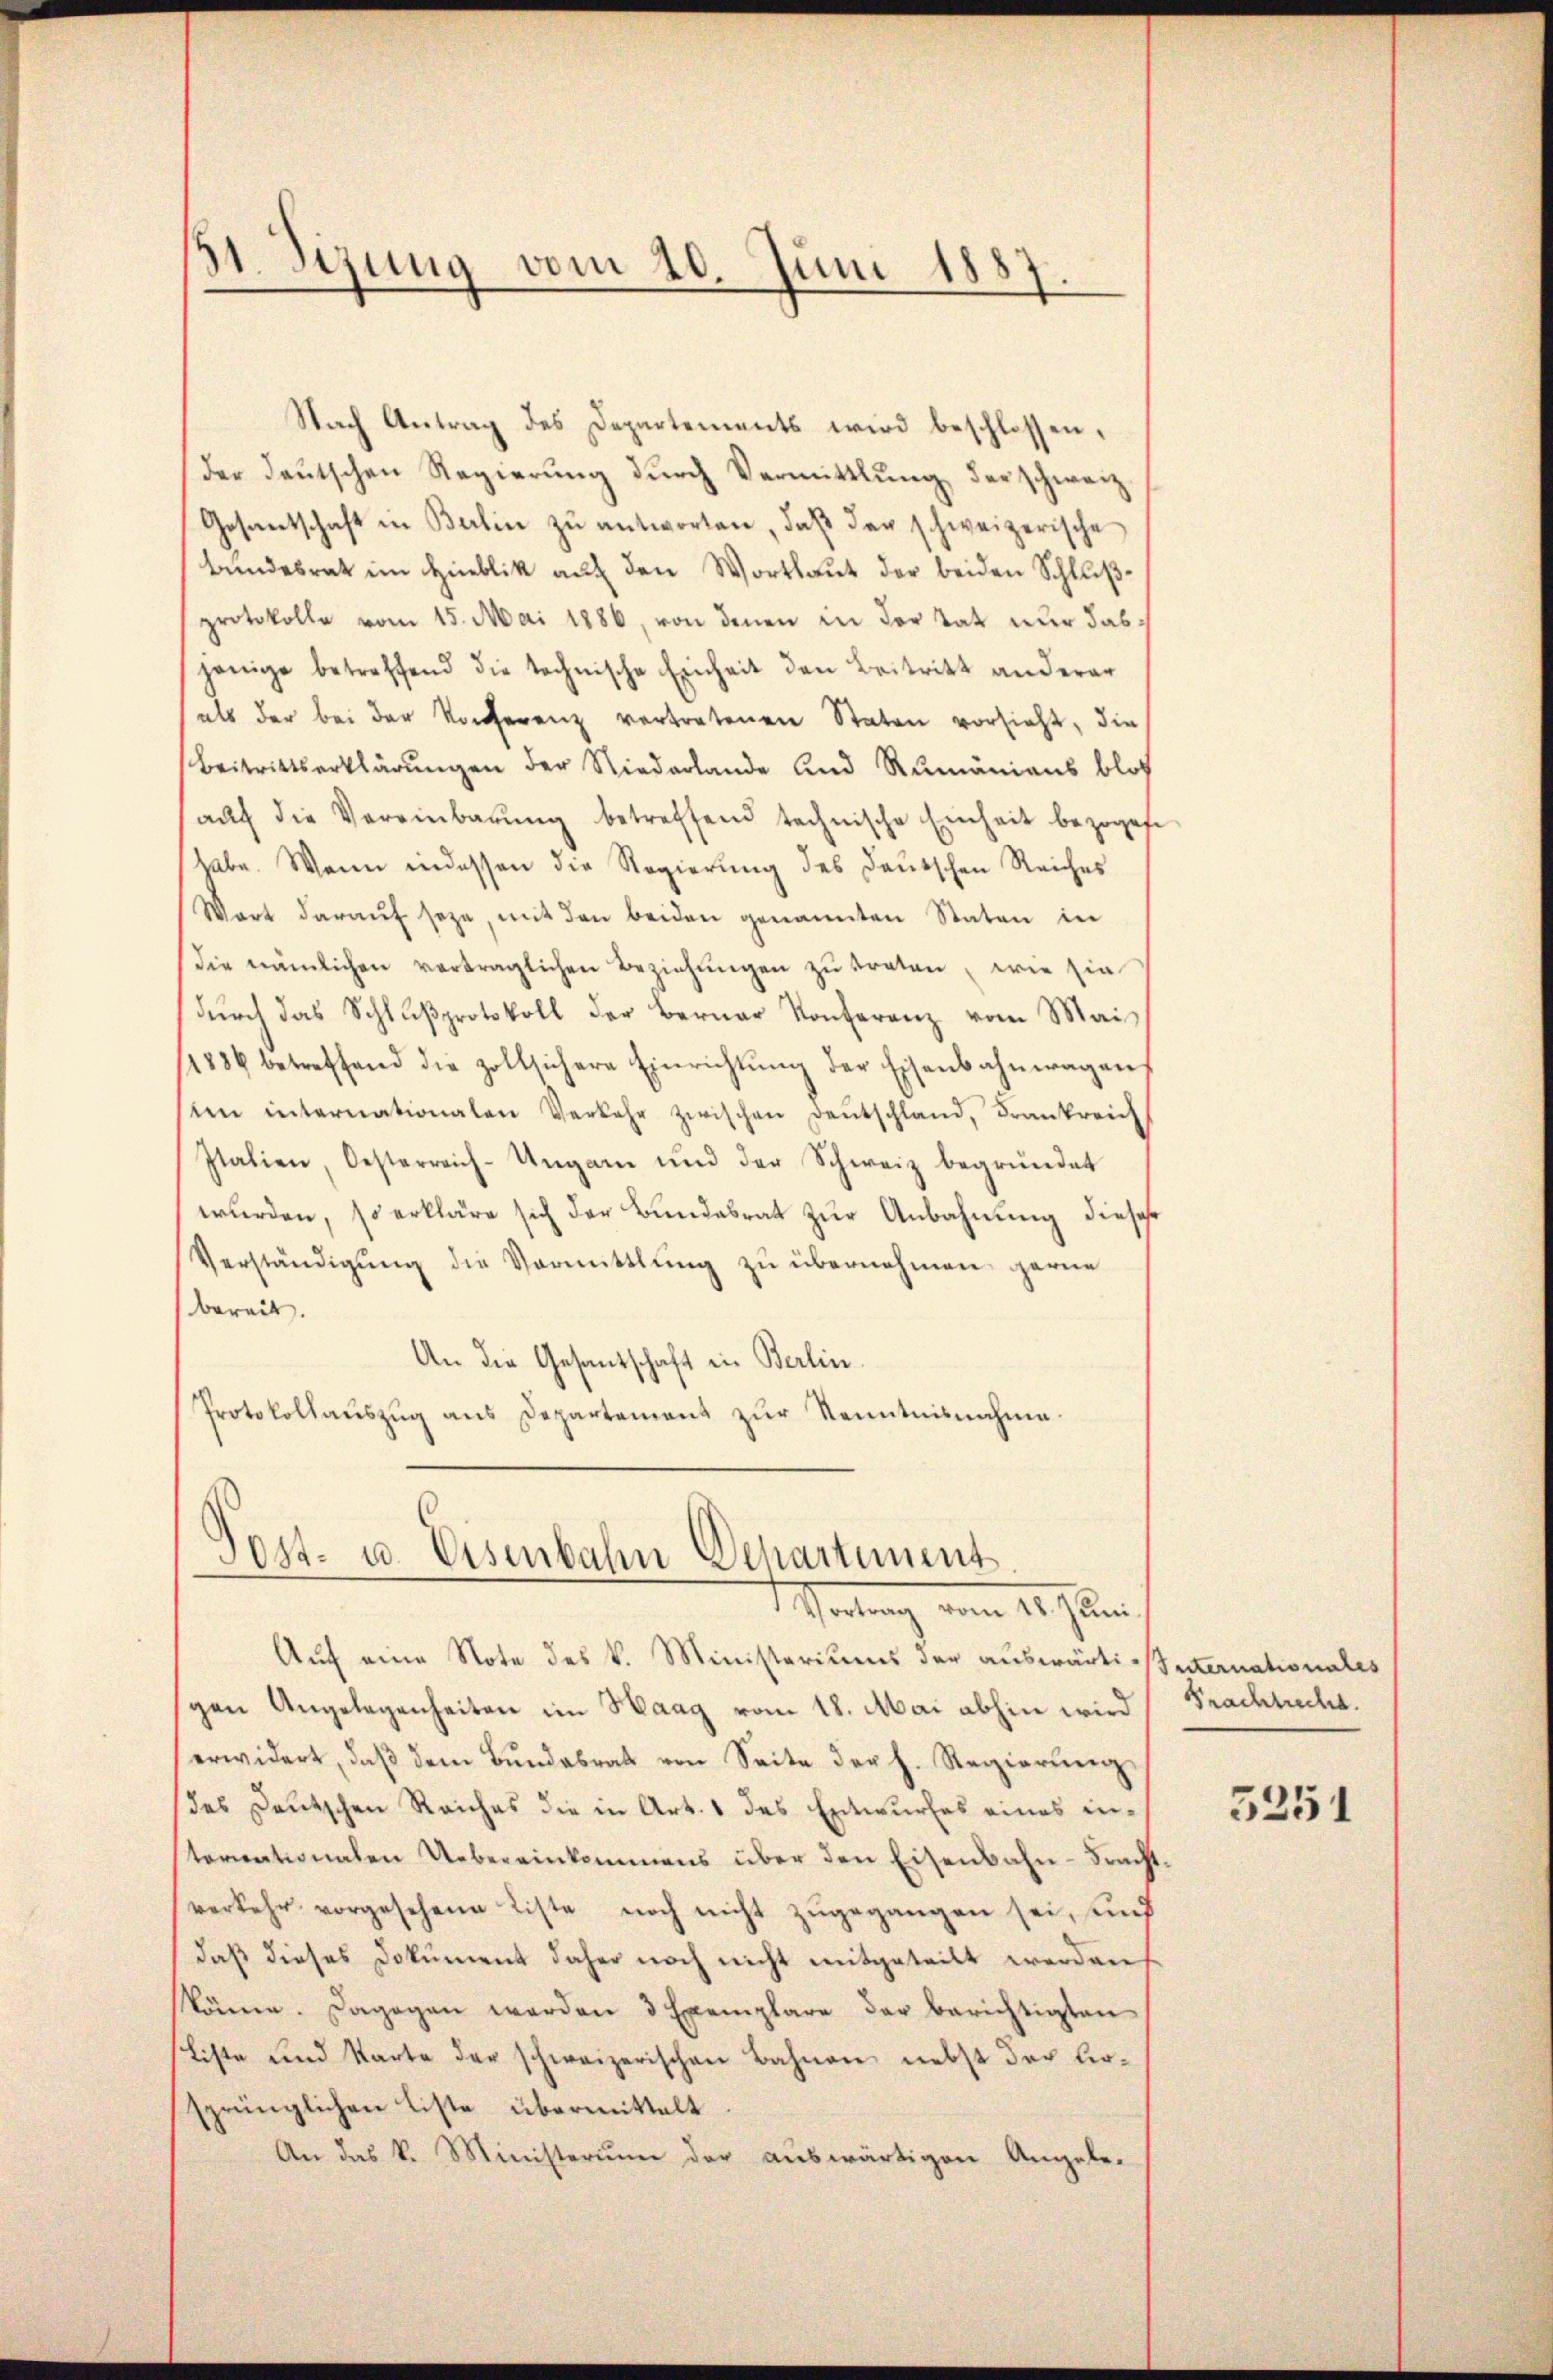
51. Sizung vom 10. Juni 1887

Nach Antrag des Departements wird beschlossen,
(der deŭtschen Regierŭng dŭrch Vermittlung der schweiz.
Gesantschaft in Balin zu antworten, daß der schweizerische
Bundesrath im Hinblik auf den Wortlaut der beiden Schlußprotokolle vom 15. Mai 1886, von denen in der Tat nur das
jenige betreffend die technische Einheit den Beitritt anderer
als der bei der Konferenz vertretenen Staten vorsieht, die
Beitrittserklärŭngen der Niederlande und Rumäniens bloß
aŭf die Vereinbarŭng betreffend technische Einheit bezogen
habe. Wenn indessen die Regierung des Deutschen Reiches
Wart daraŭf seze, mit den beiden genannten Staten in
Die nämlichen verträglichen Beziehungen zu traten, wie sie
dŭrch das Schlŭβprotokoll der Berner Konferenz vom Mai
1886 betreffend die zollsichere Einrichtŭng der Eisenbahnwagens
sien internationalen Verkehr zwischen Deutschland, Frankreich
Italien, Oesterreich-Ungarn und der Schweiz begründet
wurden, so erkläre sich der Bundesrat zur Anbahnung dieses
Verständigŭng die Vormittlung zŭ übernehmen, gerne
bereit.
An die Gesandschaft in Berlin.
Protokollaŭszŭg ans Departement zŭr Kenntnisnahme.

Post- u. Eisenbahn Departement.
Wertung vom 14. Juni.

Auf eine Note des k. Ministeriums der auswärti-Internationales
gen Angelegenheiten im Haag vom 18. Mai abhin wird Frachtuecht.
erwidert, daβ dem Bŭndesrat von Seite der h. Regierŭng
des Deutschen Reiches die in Art. 1 des Entwurfes eines internationalen Uebereinkommens über den Eisenbahn-Frachtverkehr vorgesehene Liste noch nicht zŭgegangen sei, und
daß dieses Dokument daher noch nicht mitgeteilt werden,
könne. Dagegen werden 3 Exemplare der berichtigten
Liste und Starte der schweizerischen Bahnen nebst der Kirsprünglichen Liste übermittelt
An das k. Ministerium der auswärtigen Angebe-

3251